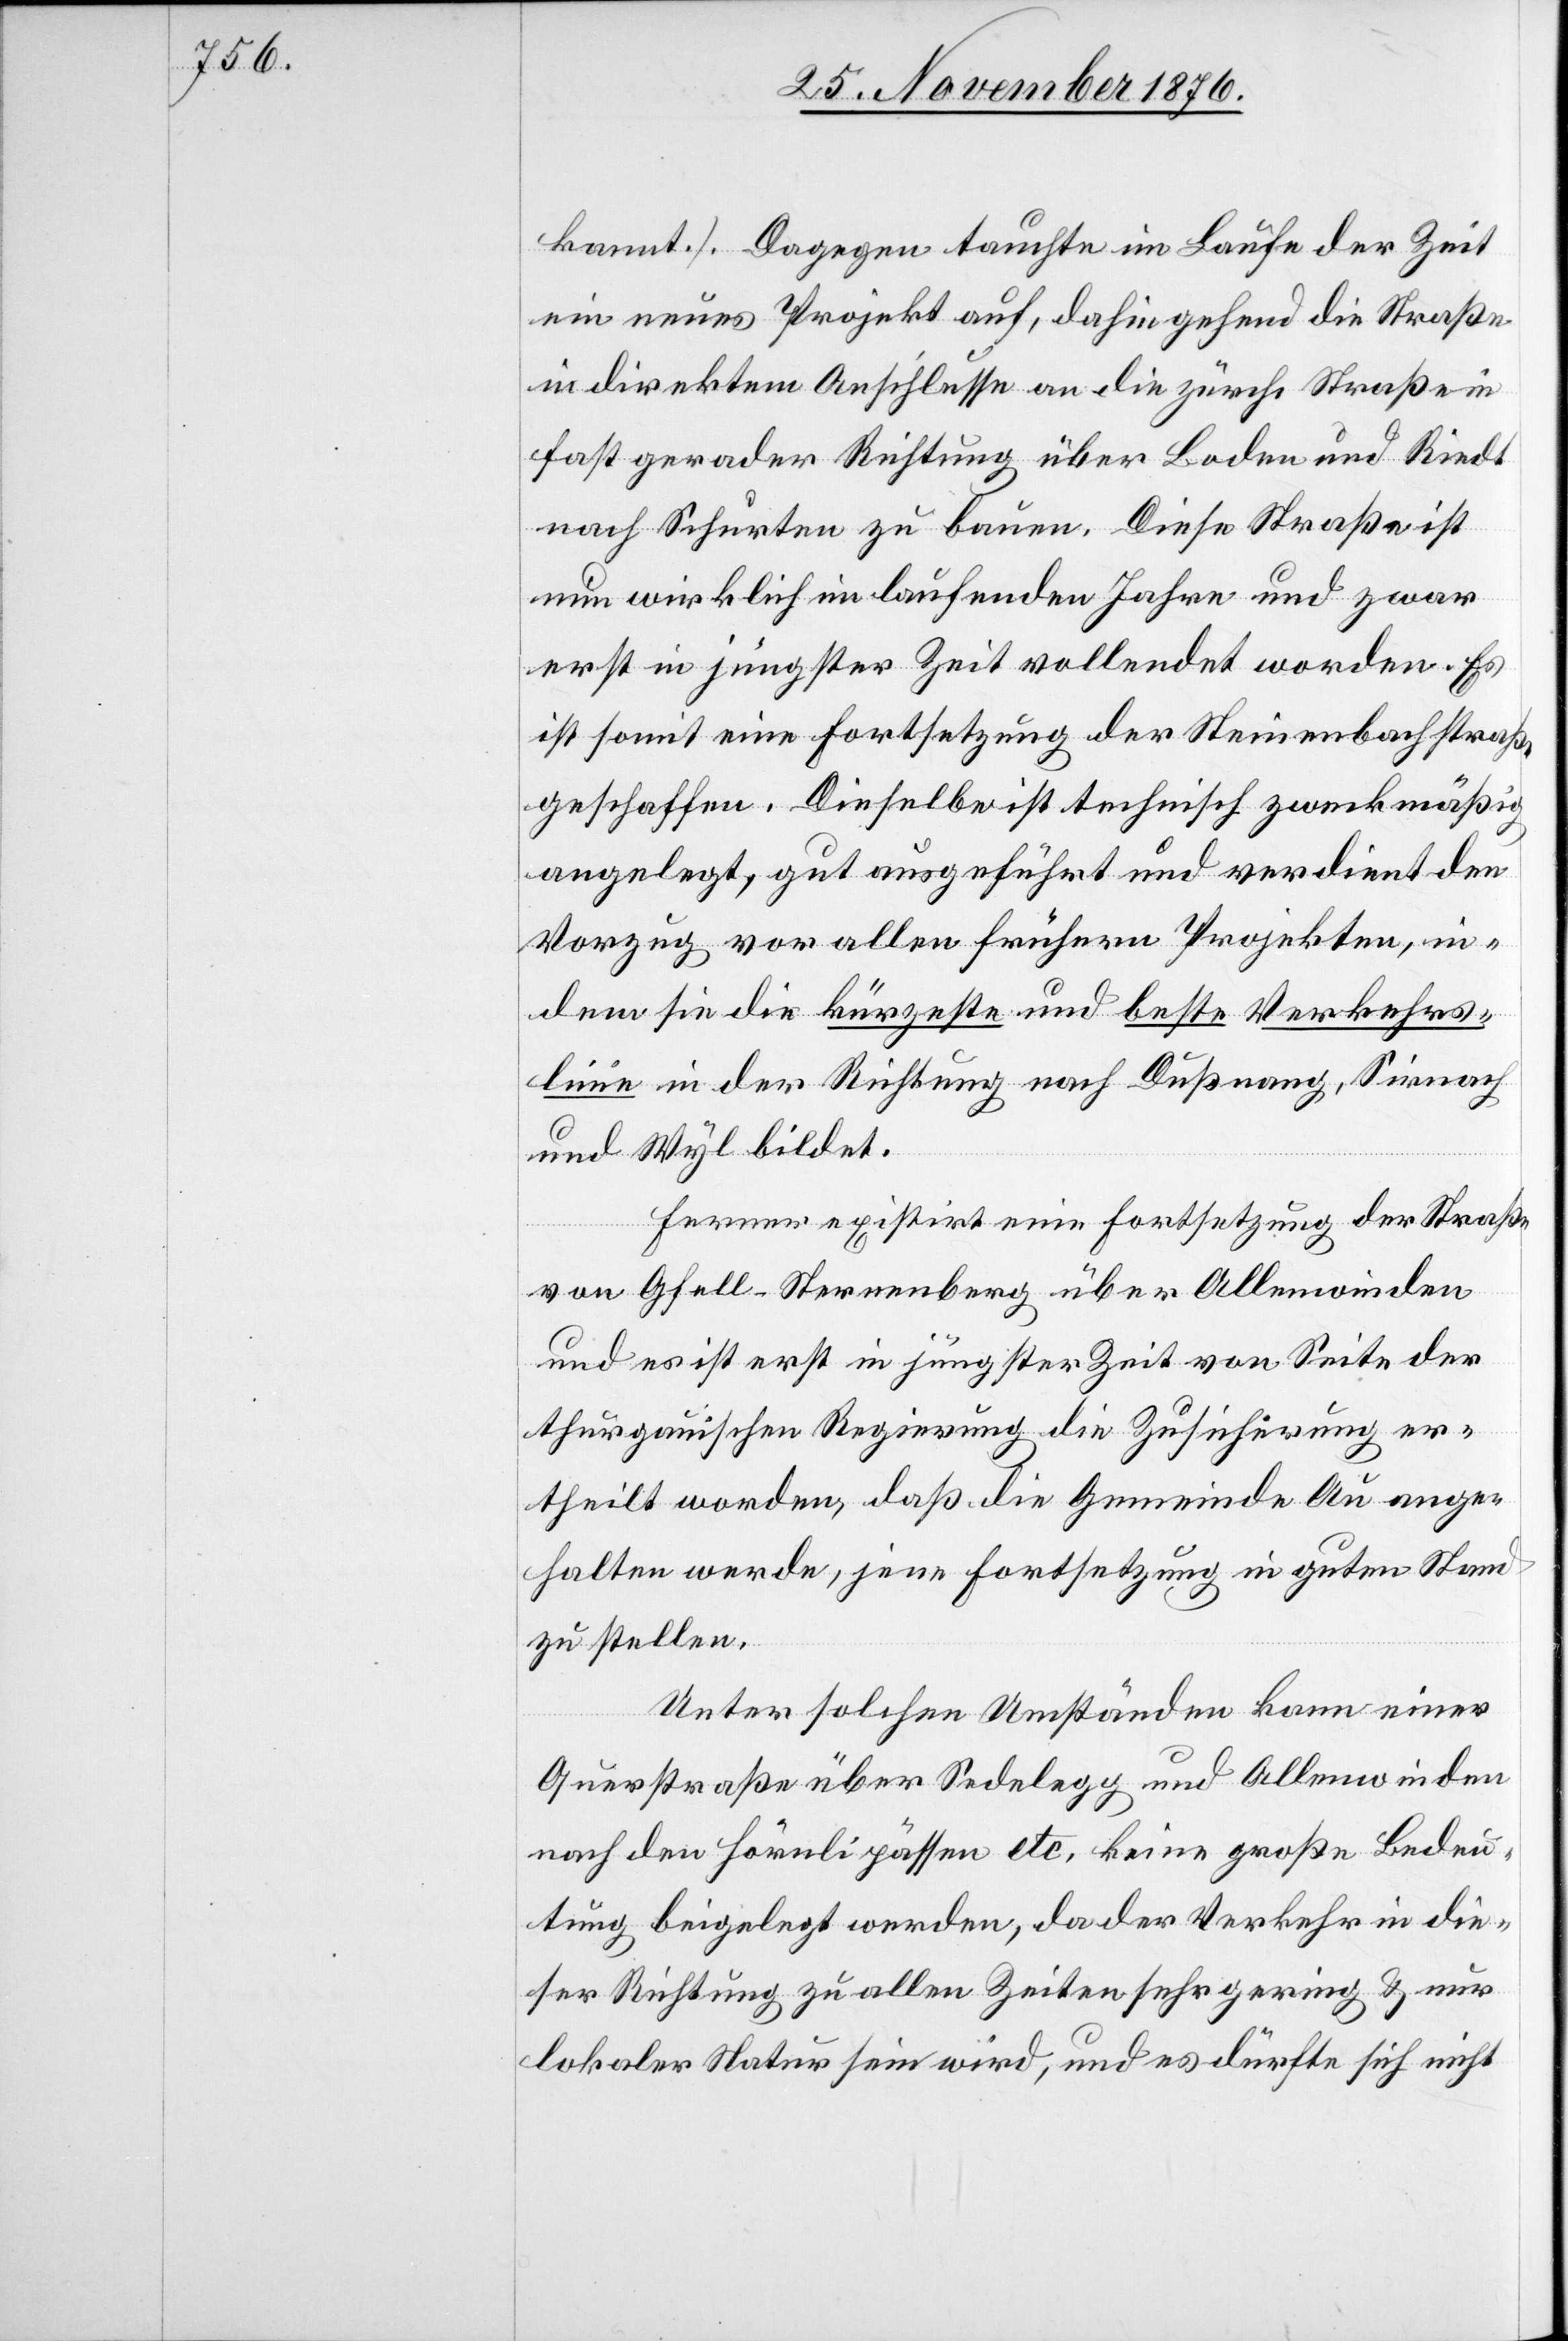
kannt.]. Dagegen tauchte im Laufe der Zeit
ein neues Projekt auf, dahingehend die Straße
in direktem Anschlusse an die zürch. Straße in
fast gerader Richtung über Boden und Riedt
nach Schurten zu bauen. Diese Straße ist
nun wirklich im laufenden Jahre und zwar
erst in jüngster Zeit vollendet worden. Es
ist somit eine Fortsetzung der Steinenbachstraße
geschaffen. Dieselbe ist technisch zweckmäßig
angelegt, gut ausgeführt und verdient den
Vorzug vor allen frühern Projekten, in¬
dem sie die kürzeste und beste Verkehrs¬
linie in der Richtung nach Dußnang, Sirnach
und Wyl bildet.
Ferner existirt eine Fortsetzung der Straße
von Gfell - Sternenberg über Allenwinden
und es ist erst in jüngster Zeit von Seite der
thurgauischen Regierung die Zusicherung er¬
theilt worden, daß die Gemeinde Au ange¬
halten werde, jene Fortsetzung in guten Stand
zu stellen.
Unter solchen Umständen kann einer
Querstraße über Sedelegg und Allenwinden
nach den Hörnlipässen etc. keine große Bedeu¬
tung beigelegt werden, da der Verkehr in die¬
ser Richtung zu allen Zeiten sehr gering & nur
lokaler Natur sein wird, und es dürfte sich nicht